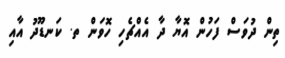
ތިން ދުވަސް ފަހުން އޮޔާ ދާ އެއްޗެހި ހޮވަން ތ. ކަނޑޫދު އާއި